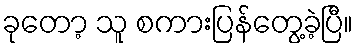
ခုတော့ သူ စကားပြန်တွေ့ခဲ့ပြီ။